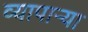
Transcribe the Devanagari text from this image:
व्यापाऱ्या